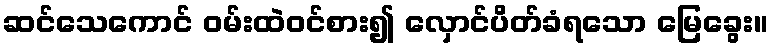
ဆင်သေကောင် ဝမ်းထဲဝင်စား၍ လှောင်ပိတ်ခံရသော မြေခွေး။